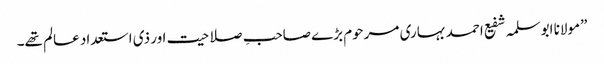
”مولانا ابوسلمہ شفیع احمد بہاری مرحوم بڑے صاحبِ صلاحیت اور ذی استعداد عالم تھے۔